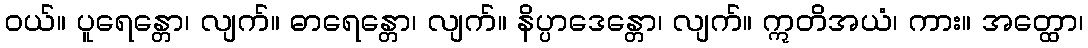
ဝယ်။ ပူရေန္တော၊ လျက်။ ဓာရေန္တော၊ လျက်။ နိပ္ပာဒေန္တော၊ လျက်။ ဣတိအယံ၊ ကား။ အတ္ထော၊